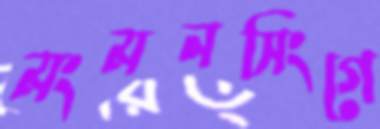
মংমনসিংগে